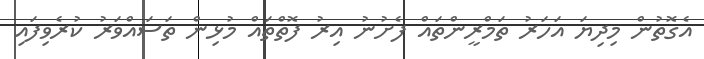
އެގޮތުން މިދިޔަ އަހަރު ތަމްރީންތައް ފެށުނު އިރު ފޮތްތައް މުޅިން ތަސައްވަރު ކުރެވިފައި